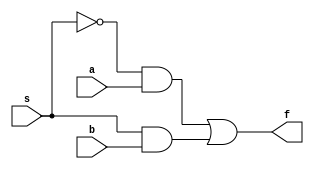
module mux2to1_gate(a,b,s,f);
	input a,b,s;
	output f;
	wire nots, c, d;
	not n1(nots, s);
	and a1(c, nots, a);
	and a2(d, s, b);
	or o1(f, c, d);
endmodule

module mux2to1_df(a,b,s,f);
	input a,b,s;
	output f;
	assign f = s ? a : b;
endmodule

module mux2to1_beh(a,b,s,f);
	input a,b,s;
	output f;
	reg f;
	always@(s or a or b)
		if(s==1) f=a;
		else f=b;
endmodule

module testbench;
	reg a,b,s;
	wire f;
	mux2to1_gate mux_gate (a,b,s,f);
	initial
		begin
		  $dumpfile("1.vcd");
		  $dumpvars(0, testbench);
		  $monitor(, $time, " a=%b, b=%b, s=%b, f=%b", a,b,s,f);
		  #0 a=1'b0; b=1'b1;
		  #2 s=1'b1;
		  #5 s=1'b0;
		  #10 a=1'b1;b=1'b0;
		  #15 s=1'b1;
		  #20 s=1'b0;
		  #100 $finish;
		end
endmodule